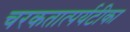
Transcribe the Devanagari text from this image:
चरकतात्पर्यटीका